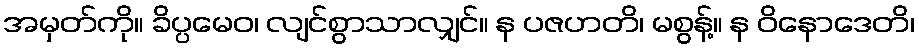
အမှတ်ကို။ ခိပ္ပမေဝ၊ လျင်စွာသာလျှင်။ န ပဇဟတိ၊ မစွန့်။ န ဝိနောဒေတိ၊